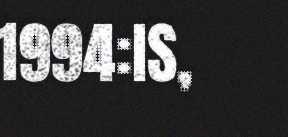
1994:IS,